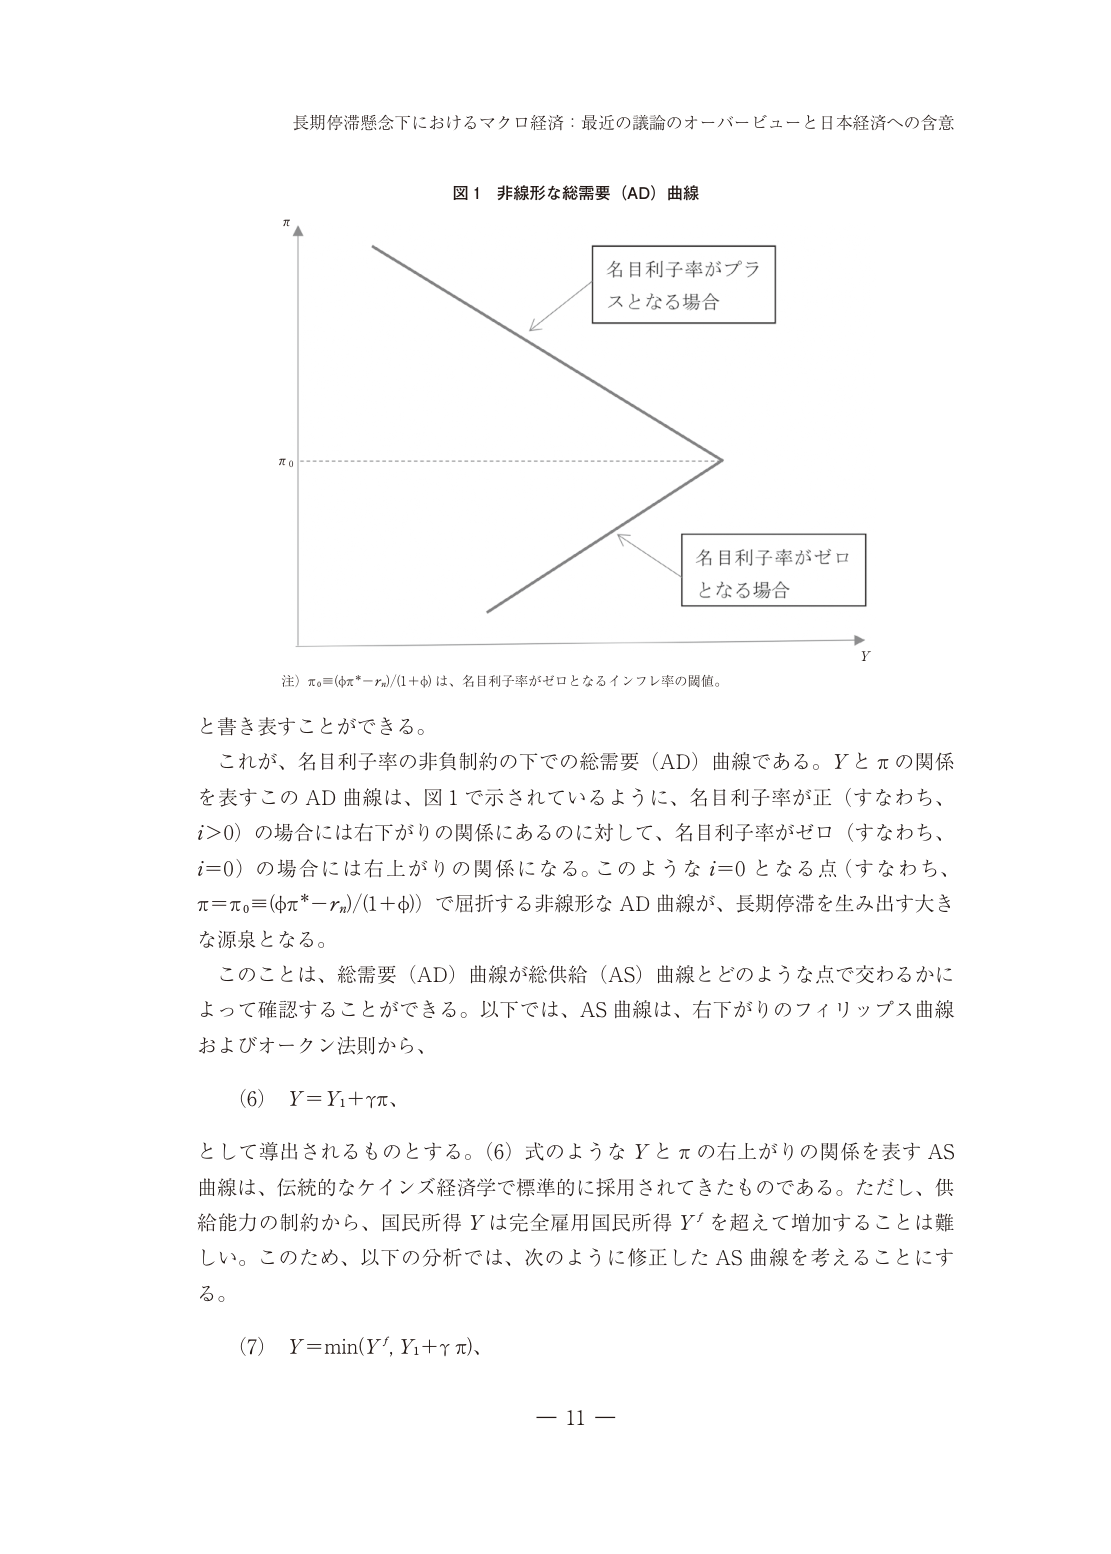
長期停滞懸念下におけるマクロ経済：最近の議論のオーバービューと日本経済への含意

図１ 非線形な総需要（AD）曲線

π
名目利子率がプラスとなる場合
π₀
名目利子率がゼロとなる場合
Y

注）π₀≡(φπ*−rₙ)/(1+φ) は、名目利子率がゼロとなるインフレ率の閾値。

と書き表すことができる。

これが、名目利子率の非負制約の下での総需要（AD）曲線である。Y と π の関係を表すこの AD 曲線は、図１で示されているように、名目利子率が正（すなわち、i>0）の場合には右下がりの関係にあるのに対して、名目利子率がゼロ（すなわち、i=0）の場合には右上がりの関係になる。このような i=0 となる点（すなわち、π=π₀≡(φπ*−rₙ)/(1+φ)）で屈折する非線形な AD 曲線が、長期停滞を生み出す大きな源泉となる。

このことは、総需要（AD）曲線が総供給（AS）曲線とどのような点で交わるかによって確認することができる。以下では、AS 曲線は、右下がりのフィリップス曲線およびオークン法則から、

(6)　Y=Y₁+γπ、

として導出されるものとする。(6) 式のような Y と π の右上がりの関係を表す AS 曲線は、伝統的なケインズ経済学で標準的に採用されてきたものである。ただし、供給能力の制約から、国民所得 Y は完全雇用国民所得 Yᶠ を超えて増加することは難しい。このため、以下の分析では、次のように修正した AS 曲線を考えることにする。

(7)　Y=min(Yᶠ, Y₁+γπ)、

— 11 —